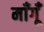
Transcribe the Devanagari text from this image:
माँगूँ